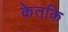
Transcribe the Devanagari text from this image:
केतकि